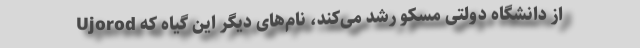
Ujorod از دانشگاه دولتی مسکو رشد می‌کند، نام‌های دیگر این گیاه که